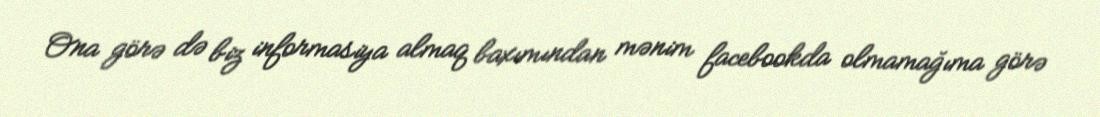
Ona görə də biz informasiya almaq baxımından mənim facebookda olmamağıma görə